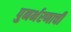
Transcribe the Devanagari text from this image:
पुनर्भरणाची